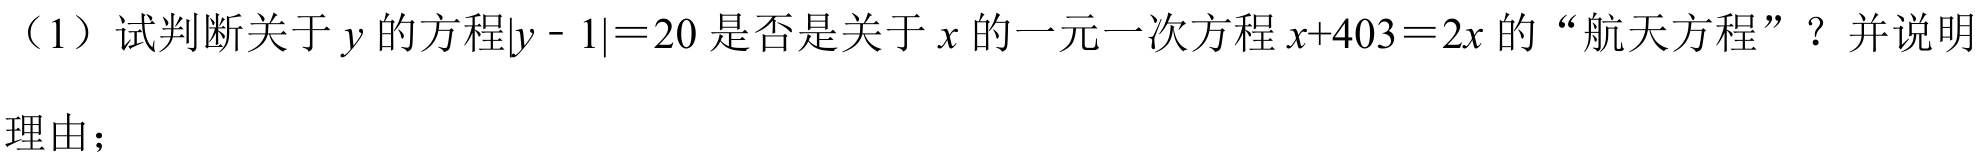
（1）试判断关于 \(y\) 的方程\(\vert y - 1\vert=20\) 是否是关于 \(x\) 的一元一次方程 \(x + 403 = 2x\) 的“航天方程”？并说明理由；